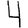
Digit: 4